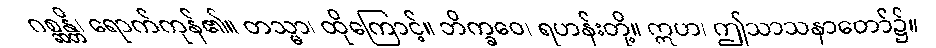
ဂစ္ဆန္တိ၊ ရောက်ကုန်၏။ တသ္မာ၊ ထိုကြောင့်။ ဘိက္ခဝေ၊ ရဟန်းတို့။ ဣဟ၊ ဤသာသနာတော်၌။